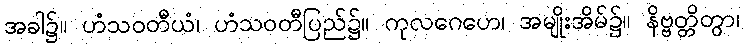
အခါ၌။ ဟံသဝတီယံ၊ ဟံသဝတီပြည်၌။ ကုလဂေဟေ၊ အမျိုးအိမ်၌။ နိဗ္ဗတ္တိတွာ၊